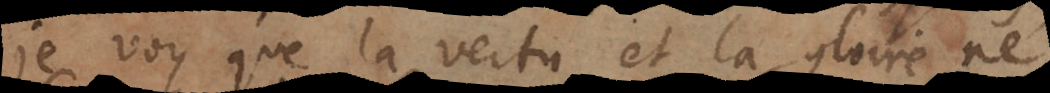
je voy que la vertu et la gloire ne